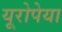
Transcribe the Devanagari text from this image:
यूरोपेया